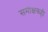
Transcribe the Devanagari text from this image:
समीक्षकही